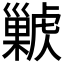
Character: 𢀊